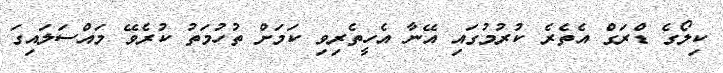
ކިލޯގެ ޑްރަގް އެތެރެ ކުރުމުގައި އޭނާ އެހީތެރިވި ކަމަށް ތުހުމަތު ކުރެވޭ މައްސަލައިގަ